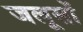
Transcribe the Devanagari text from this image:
जलूसों